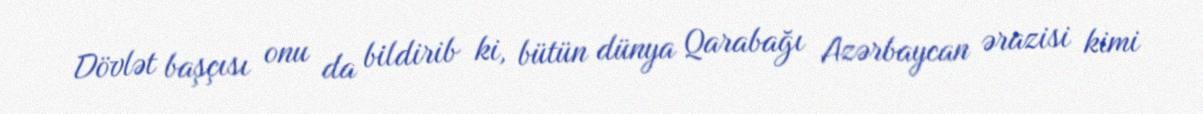
Dövlət başçısı onu da bildirib ki, bütün dünya Qarabağı Azərbaycan ərazisi kimi